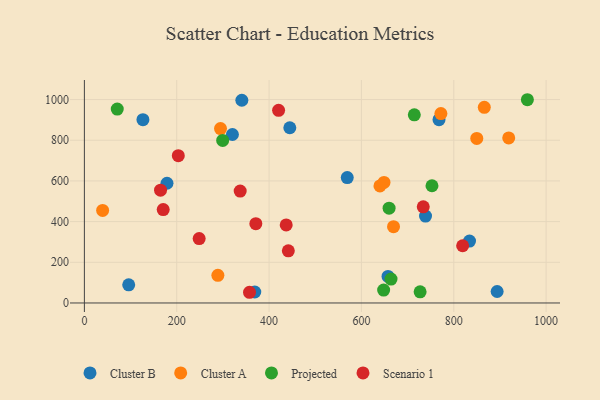
{"axis": {"x": "Engine Size", "y": "Exam Score"}, "legend": ["Cluster A", "Cluster B", "Projected", "Scenario 1"], "data": [{"x": "657.6", "y": 130.3, "type": "Cluster B"}, {"x": "893.9", "y": 56.3, "type": "Cluster B"}, {"x": "96.0", "y": 89.0, "type": "Cluster B"}, {"x": "569.3", "y": 616.4, "type": "Cluster B"}, {"x": "320.6", "y": 828.2, "type": "Cluster B"}, {"x": "178.9", "y": 588.7, "type": "Cluster B"}, {"x": "369.0", "y": 53.9, "type": "Cluster B"}, {"x": "341.0", "y": 996.5, "type": "Cluster B"}, {"x": "126.8", "y": 901.3, "type": "Cluster B"}, {"x": "444.9", "y": 861.5, "type": "Cluster B"}, {"x": "738.8", "y": 427.2, "type": "Cluster B"}, {"x": "834.1", "y": 304.3, "type": "Cluster B"}, {"x": "768.0", "y": 900.9, "type": "Cluster B"}, {"x": "640.1", "y": 575.2, "type": "Cluster A"}, {"x": "294.8", "y": 857.2, "type": "Cluster A"}, {"x": "648.9", "y": 592.6, "type": "Cluster A"}, {"x": "39.5", "y": 455.2, "type": "Cluster A"}, {"x": "849.8", "y": 808.8, "type": "Cluster A"}, {"x": "866.1", "y": 962.0, "type": "Cluster A"}, {"x": "669.5", "y": 375.0, "type": "Cluster A"}, {"x": "289.1", "y": 135.8, "type": "Cluster A"}, {"x": "772.1", "y": 931.1, "type": "Cluster A"}, {"x": "919.0", "y": 811.6, "type": "Cluster A"}, {"x": "752.8", "y": 576.4, "type": "Projected"}, {"x": "71.2", "y": 953.0, "type": "Projected"}, {"x": "714.5", "y": 925.1, "type": "Projected"}, {"x": "648.1", "y": 63.3, "type": "Projected"}, {"x": "659.9", "y": 466.2, "type": "Projected"}, {"x": "959.4", "y": 999.2, "type": "Projected"}, {"x": "664.1", "y": 117.6, "type": "Projected"}, {"x": "727.1", "y": 55.0, "type": "Projected"}, {"x": "299.5", "y": 799.1, "type": "Projected"}, {"x": "441.7", "y": 256.3, "type": "Scenario 1"}, {"x": "357.6", "y": 52.6, "type": "Scenario 1"}, {"x": "819.2", "y": 281.2, "type": "Scenario 1"}, {"x": "170.7", "y": 459.0, "type": "Scenario 1"}, {"x": "164.9", "y": 554.5, "type": "Scenario 1"}, {"x": "420.6", "y": 947.1, "type": "Scenario 1"}, {"x": "371.3", "y": 390.0, "type": "Scenario 1"}, {"x": "337.4", "y": 550.0, "type": "Scenario 1"}, {"x": "437.1", "y": 383.7, "type": "Scenario 1"}, {"x": "733.9", "y": 472.8, "type": "Scenario 1"}, {"x": "203.4", "y": 724.3, "type": "Scenario 1"}, {"x": "248.6", "y": 316.7, "type": "Scenario 1"}]}